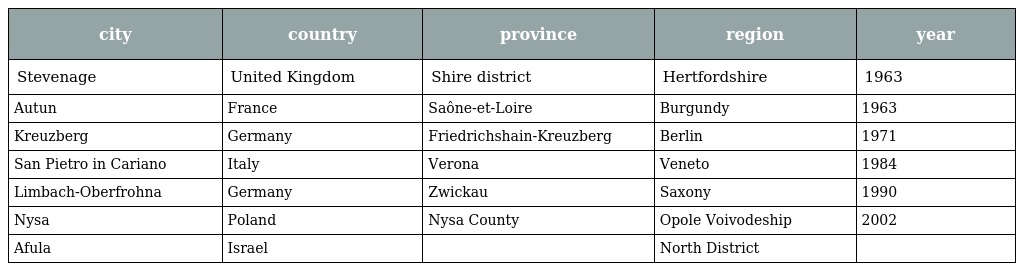
| city | country | province | region | year |
 | --- | --- | --- | --- | --- |
 | Stevenage | United Kingdom | Shire district | Hertfordshire | 1963 |
 | Autun | France | Saône-et-Loire | Burgundy | 1963 |
 | Kreuzberg | Germany | Friedrichshain-Kreuzberg | Berlin | 1971 |
 | San Pietro in Cariano | Italy | Verona | Veneto | 1984 |
 | Limbach-Oberfrohna | Germany | Zwickau | Saxony | 1990 |
 | Nysa | Poland | Nysa County | Opole Voivodeship | 2002 |
 | Afula | Israel |  | North District |  |